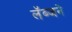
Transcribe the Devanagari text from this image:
लॅब्जने